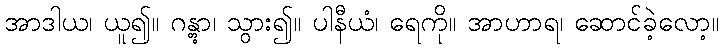
အာဒါယ၊ ယူ၍။ ဂန္တွာ၊ သွား၍။ ပါနီယံ၊ ရေကို။ အာဟာရ၊ ဆောင်ခဲ့လော့။